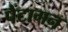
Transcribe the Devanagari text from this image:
पैंटागन